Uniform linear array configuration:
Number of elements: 16
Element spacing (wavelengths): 0.75
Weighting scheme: exponential
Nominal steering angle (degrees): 30
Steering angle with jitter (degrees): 29.539
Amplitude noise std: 0.05
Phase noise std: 0.05

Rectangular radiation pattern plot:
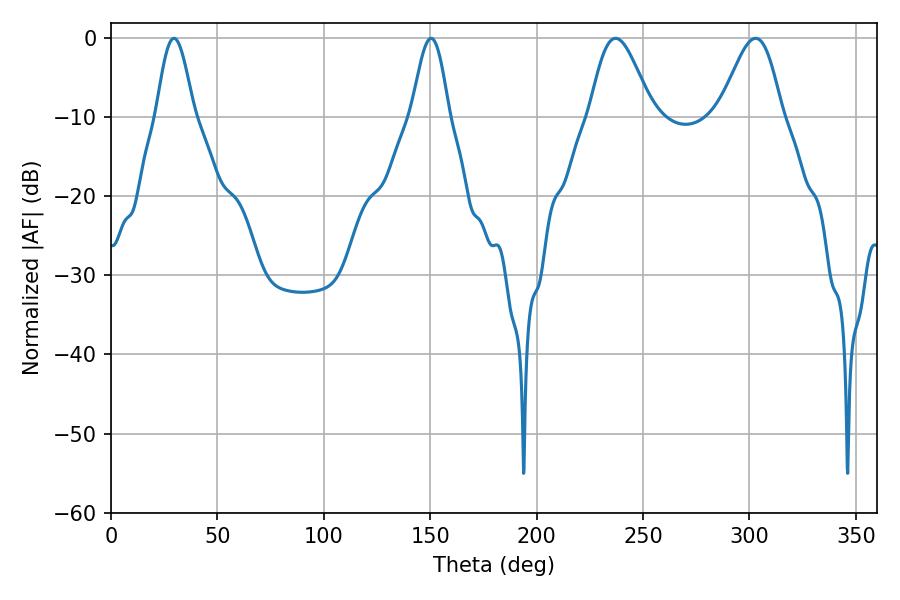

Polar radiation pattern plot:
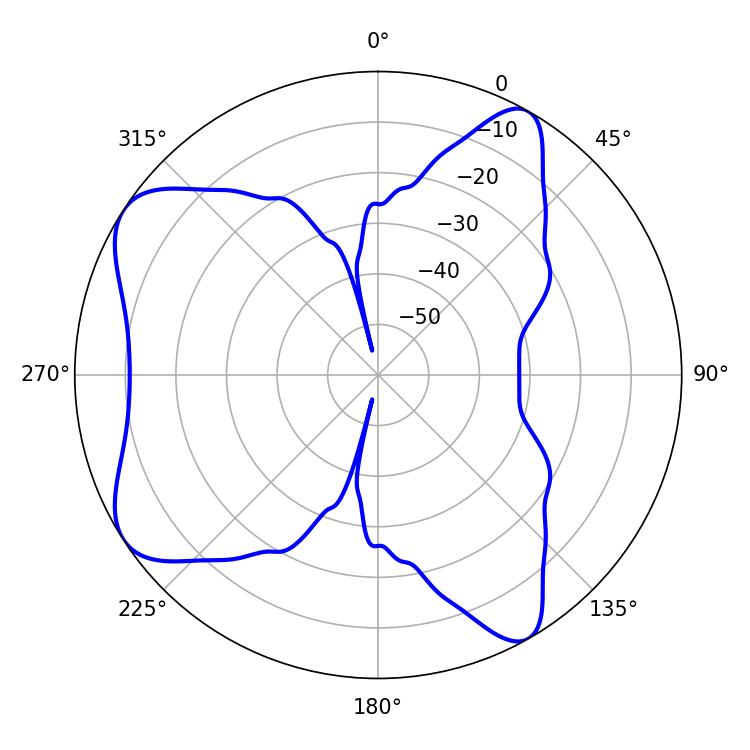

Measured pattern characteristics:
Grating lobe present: TRUE
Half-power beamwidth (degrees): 15.66
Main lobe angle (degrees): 237.06